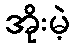
အိုးမဲ့